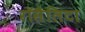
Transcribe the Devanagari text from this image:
रॉसैलिटा